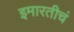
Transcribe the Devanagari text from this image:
इमारतीचं